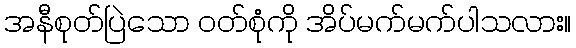
အနီစုတ်ပြဲသော ၀တ်စုံကို အိပ်မက်မက်ပါသလား။